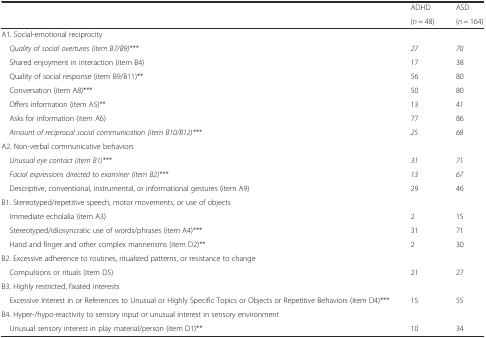
<table><thead><tr><td></td><td><b>ADHD</b></td><td><b>ASD</b></td></tr><tr><td></td><td><b>(<i>n</i> = 48)</b></td><td><b>(<i>n</i> = 164)</b></td></tr></thead><tbody><tr><td colspan="3">A1. Social-emotional reciprocity</td></tr><tr><td><i> Quality of social overtures (item B7/B9)***</i></td><td><i>27</i></td><td><i>70</i></td></tr><tr><td> Shared enjoyment in interaction (item B4)</td><td>17</td><td>38</td></tr><tr><td> Quality of social response (item B9/B11)**</td><td>56</td><td>80</td></tr><tr><td> Conversation (item A8)***</td><td>50</td><td>80</td></tr><tr><td> Offers information (item A5)**</td><td>13</td><td>41</td></tr><tr><td> Asks for information (item A6)</td><td>77</td><td>86</td></tr><tr><td> <i>Amount of reciprocal social communication (item B10/B12)***</i></td><td><i>25</i></td><td><i>68</i></td></tr><tr><td colspan="3">A2. Non-verbal communicative behaviors</td></tr><tr><td> <i>Unusual eye contact (item B1)***</i></td><td><i>31</i></td><td><i>71</i></td></tr><tr><td> <i>Facial expressions directed to examiner (item B2)***</i></td><td><i>13</i></td><td><i>67</i></td></tr><tr><td> Descriptive, conventional, instrumental, or informational gestures (item A9)</td><td>29</td><td>46</td></tr><tr><td colspan="3">B1. Stereotyped/repetitive speech, motor movements, or use of objects</td></tr><tr><td> Immediate echolalia (item A3)</td><td>2</td><td>15</td></tr><tr><td> Stereotyped/idiosyncratic use of words/phrases (item A4)***</td><td>31</td><td>71</td></tr><tr><td> Hand and finger and other complex mannerisms (item D2)**</td><td>2</td><td>30</td></tr><tr><td colspan="3">B2. Excessive adherence to routines, ritualized patterns, or resistance to change</td></tr><tr><td> Compulsions or rituals (item D5)</td><td>21</td><td>27</td></tr><tr><td colspan="3">B3. Highly restricted, fixated interests</td></tr><tr><td> Excessive Interest in or References to Unusual or Highly Specific Topics or Objects or Repetitive Behaviors (item D4)***</td><td>15</td><td>55</td></tr><tr><td colspan="3">B4. Hyper-/hypo-reactivity to sensory input or unusual interest in sensory environment</td></tr><tr><td> Unusual sensory interest in play material/person (item D1)**</td><td>10</td><td>34</td></tr></tbody></table>